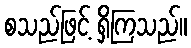
စသည်ဖြင့် ရှိကြသည်။